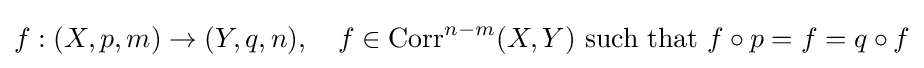
f:(X,p,m)\to (Y,q,n),\quad f\in \operatorname {Corr} ^{n-m}(X,Y){\mbox{ such that }}f\circ p=f=q\circ f